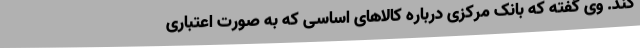
کند. وی گفته که بانک مرکزی درباره کالاهای اساسی که به صورت اعتباری